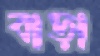
বাড়া